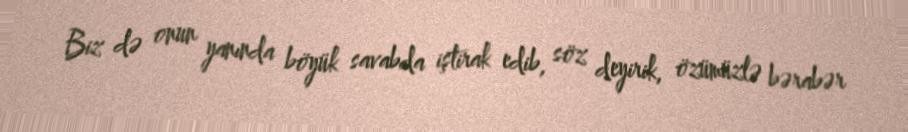
Biz də onun yanında böyük savabda iştirak edib, söz deyirik, özümüzlə bərabər